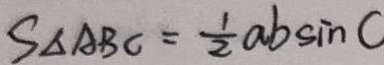
S _ { \Delta A B C } = \frac { 1 } { 2 } a b \sin C